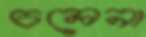
চলেনা